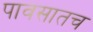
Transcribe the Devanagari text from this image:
पावसातच